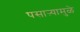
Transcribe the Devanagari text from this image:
पसाऱ्यामुळे